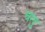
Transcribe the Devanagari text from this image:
चलु